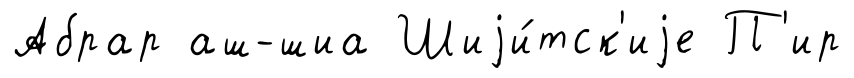
Абрар аш-шиа Шиjи́тск'иjе П'ир